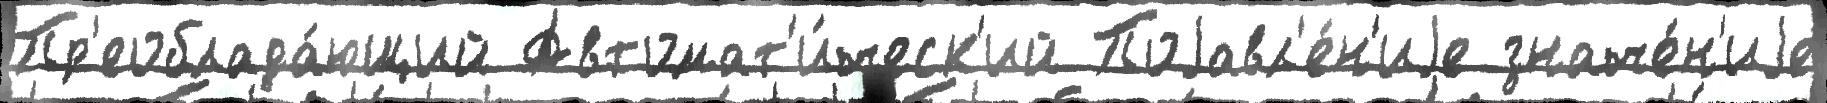
Пр'еоблада́ющий Автомат'и́ческ'ий Поjавл'е́н'иjе значе́н'иjе